Report on sanitation, dispensaries, and jails in Rajputana for 1914, and on vaccination for the year 1914-1915 - 1914-1915
Year: 1914
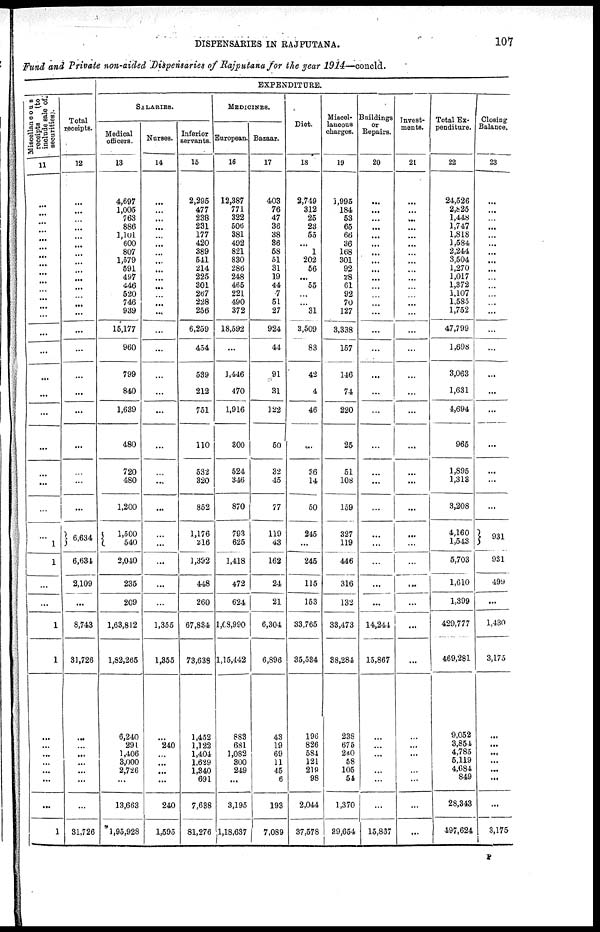
DISPENSARIES IN RAJPUTANA.
107
Fund and Private non-aided Dispensaries of Rajputana for the year 1914—concld.
Miscellaneous
receipts
(to
include sale of
securities).
11
...
...
...
...
...
...
...
...
...
...
...
...
...
...
...
...
...
...
...
...
...
...
...
... 1
1
...
...
1
1
...
...
...
...
...
...
...
1
Total
receipts.
12
...
...
...
...
...
...
...
...
...
...
...
...
...
...
...
...
...
...
...
...
...
...
...
6,634
6,634
2,109
...
8,743
31,726
...
...
...
...
...
...
...
31,726
EXPENDITURE.
SALARIES.
Medical
officers.
13
4,697
1,005
763
886
1,101
600
807
1,579
591
497
446
520
746
939
15,177
960
799
840
1,639
480
720
480
1,200
1,500
540
2,040
235
209
1,63,812
1,82,265
6,240
291
1,406
3,000
2,726
...
13,663
1,95,928
Nurses.
14
...
...
...
...
...
...
...
...
...
...
...
...
...
...
...
...
...
...
...
...
...
...
...
...
...
...
...
...
1,355
1,355
...
240
...
...
...
...
240
1,595
Inferior
servants.
15
2,295
477
238
231
177
420
389
541
214
225
301
267
228
256
6,259
454
539
212
751
110
532
320
852
1,176
216
1,392
448
260
67,834
73,638
1,452
1,122
1,404
1,629
1,340
691
7,638
81,276
MEDICINES.
European.
16
12,387
771
322
506
381
492
821
830
286
248
465
221
490
372
18,592
...
1,446
470
1,916
300
524
346
870
793
625
1,418
472
624
1,08,990
1,15,442
883
681
1,082
300
249
...
3,195
1,18,637
Bazaar.
17
403
76
47
36
38
36
58
51
31
19
44
7
51
27
924
44
91
31
122
50
32
45
77
119
43
162
24
21
6,304
6,896
43
19
69
11
45
6
193
7,089
Diet.
18
2,749
312
25
23
55
...
1
202
56
...
55
...
...
31
3,509
83
42
4
46
...
36
14
50
245
...
245
115
153
33,765
35,534
196
826
584
121
219
98
2,044
37,578
Miscel-
laneous
charges.
19
1,995
184
53
65
66
36
168
301
92
28
61
92
70
127
3,338
157
146
74
220
25
51
108
159
327
119
446
316
132
33,473
38,284
238
675
240
58
105
54
1,370
39,654
Buildings
or
Repairs.
20
...
...
...
...
...
...
...
...
...
...
...
...
...
...
...
...
...
...
...
...
...
...
...
...
...
...
...
14,244
15,867
...
...
...
...
...
...
...
15,837
Invest-
ments.
21
...
...
...
...
...
...
...
...
...
...
...
...
...
...
...
...
...
...
...
...
...
...
...
...
...
...
...
...
...
...
...
...
...
...
...
...
...
...
Total Ex-
penditure.
22
24,526
2,825
1,448
1,747
1,818
1,584
2,244
3,504
1,270
1,017
1,372
1,107
1,585
1,752
47,799
1,698
3,063
1,631
4,694
965
1,895
1,313
3,208
4,160
1,543
5,703
1,610
1,399
429,777
469,281
9,052
3,854
4,785
5,119
4,684
849
28,343
497,624
Closing
Balance.
23
...
...
...
...
...
...
...
...
...
...
...
...
...
...
...
...
...
...
...
...
...
...
...
931
931
499
...
1,430
3,175
...
...
...
...
...
...
...
3,175
P